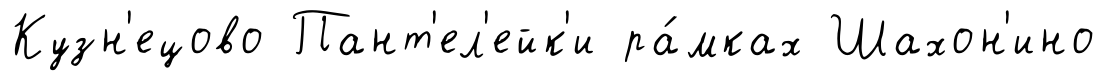
Кузн'ецово Пант'ел'ейк'и ра́мках Шахон'ино